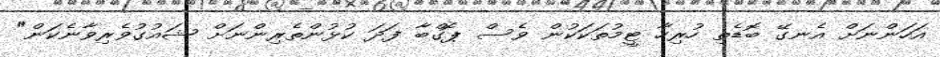
އަހަންނަށް އެނގޭ ބޮޑެތި ހުރިހާ ޓީމުތަކަކުން ވެސް ޕޮގްބާ ފަދަ ކުޅުންތެރިންނަށް ޝައުގުވެރިވާނެކަން"